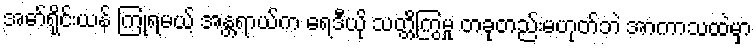
အော်ရိုင်းယန် ကြုံရမယ့် အန္တရာယ်က ရေဒီယို သတ္တိကြွမှု တခုတည်းမဟုတ်ဘဲ အာကာသထဲမှာ